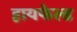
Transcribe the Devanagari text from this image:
हायफेल्ड